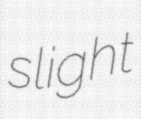
slight